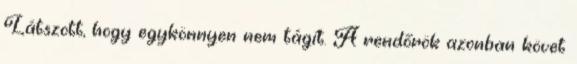
Látszott, hogy egykönnyen nem tágít. A rendőrök azonban követ